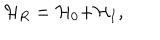
\mathcal { H } _ { R } = \mathcal { H } _ { 0 } \mathcal { + H } _ { I } ,